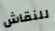
للنقاش